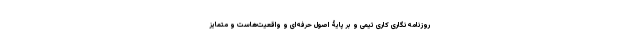
روزنامه‌نگاری کاری تیمی و بر پایۀ اصول حرفه‌ای و واقعیت‌هاست و متمایز